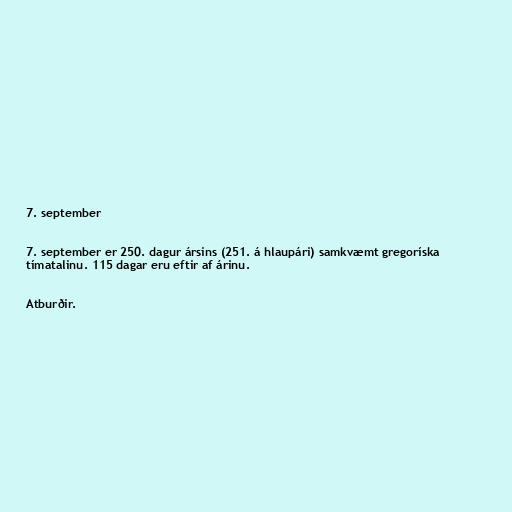
7. september

7. september er 250. dagur ársins (251. á hlaupári) samkvæmt gregoríska
tímatalinu. 115 dagar eru eftir af árinu.

Atburðir.